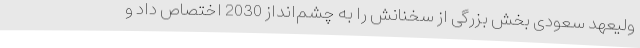
ولیعهد سعودی بخش بزرگی از سخنانش را به چشم‌انداز 2030 اختصاص داد و